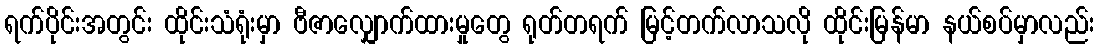
ရက်ပိုင်းအတွင်း ထိုင်းသံရုံးမှာ ဗီဇာလျှောက်ထားမှုတွေ ရုတ်တရက် မြင့်တက်လာသလို ထိုင်းမြန်မာ နယ်စပ်မှာလည်း